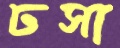
ঢসা